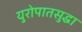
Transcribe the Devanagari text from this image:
युरोपातसुद्धा